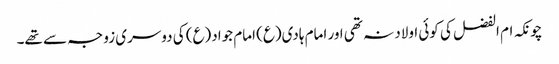
چونکہ ام الفضل کی کوئی اولاد نہ تھی اور امام ہادی(ع) امام جواد(ع) کی دوسری زوجہ سے تھے۔